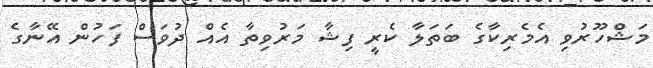
މަޝްހޫރުވި އެމެރިކާގެ ބަތަލާ ކެރީ ފިޝާ މަރުވިތާ އެއް ދުވަސް ފަހުން އޭނާގެ